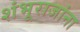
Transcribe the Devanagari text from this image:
शंभूराजांना